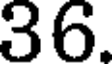
36.